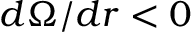
d \Omega / d r < 0